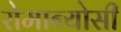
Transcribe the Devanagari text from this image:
रोमान्योसी